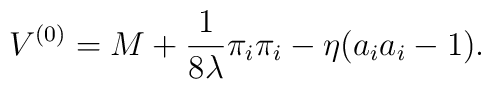
V^{(0)} = M + \frac{1}{8\lambda}\pi_i\pi_i - \eta (a_ia_i - 1).